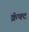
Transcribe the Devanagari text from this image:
क्रॅफ्ट